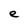
Character: e